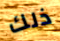
ذلك